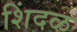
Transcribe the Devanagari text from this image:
शिंदळ